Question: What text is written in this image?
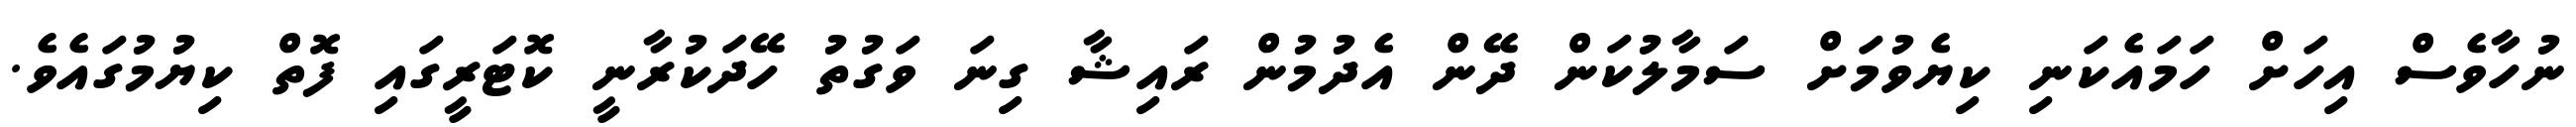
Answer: ނުހާވެސް އިހަށް ހަމައެކަނި ކިޔެވުމަށް ސަމާލުކަން ދޭން އެދުމުން ރައިޝާ ގިނަ ވަގުތު ހޭދަކުރާނީ ކޮޓަރީގައި ފޮތް ކިޔުމުގައެވެ.